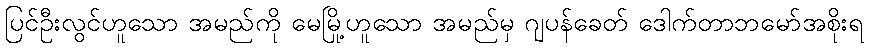
ပြင်ဦးလွင်ဟူသော အမည်ကို မေမြို့ဟူသော အမည်မှ ဂျပန်ခေတ် ဒေါက်တာဘမော်အစိုးရ